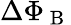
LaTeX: \Delta\Phi_{\mathrm{~B~}}